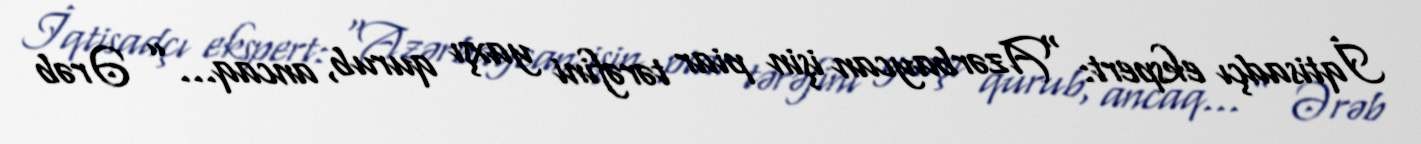
İqtisadçı ekspert: “Azərbaycan işin piar tərəfini yaxşı qurub, ancaq...” Ərəb